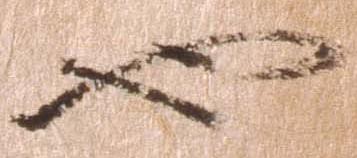
也